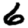
Digit: 6